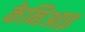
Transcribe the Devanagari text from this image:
केनिआइ